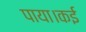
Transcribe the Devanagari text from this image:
पाया।कई